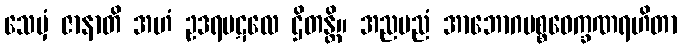
သေမှံ ဇာနာတိ အဟံ ဥဒရပဋလေ ဌိတန္တိ။ အညမညံ အာဘောဂပစ္စဝေက္ခဏရဟိတာ